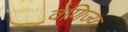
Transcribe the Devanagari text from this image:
वणिज्य